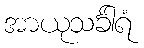
အာယုသင်္ခါရံ